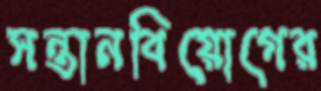
সন্তানবিয়োগের